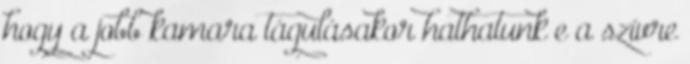
hogy a jobb kamara tágulásakor hathatunk e a szívre